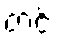
တင့်